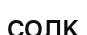
солқ